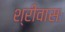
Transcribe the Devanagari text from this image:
श्रीवासः